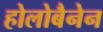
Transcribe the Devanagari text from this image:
होलोबैनेन